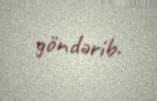
göndərib.